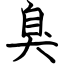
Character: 臭